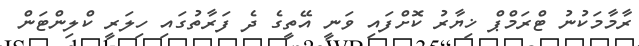
ރާމާމަކުނު ޓްރަމްޕް ޚިޔާރު ކޮށްފައި ވަނީ އޭތީގެ ދެ ފަރާތުގައި ހިލަރީ ކްލިންޓަން